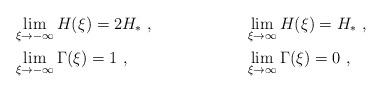
LaTeX: \begin{align*}&\lim_{\xi\to-\infty} H(\xi)=2H_*\ , & & \lim_{\xi\to\infty} H(\xi)= H_*\ ,\\&\lim_{\xi\to-\infty} \Gamma(\xi)=1 \ , & & \lim_{\xi\to\infty} \Gamma(\xi)=0\ ,\end{align*}